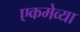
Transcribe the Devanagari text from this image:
एकमेव्या